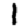
Digit: 1